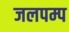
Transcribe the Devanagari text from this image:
जलपम्प